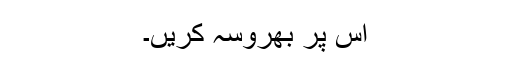
اُس پر بھروسہ کریں۔